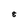
Character: 8